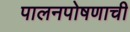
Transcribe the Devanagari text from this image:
पालनपोषणाची